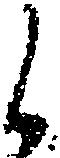
候